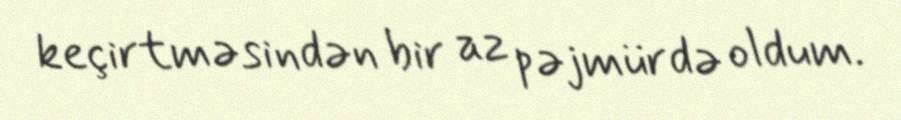
keçirtməsindən bir az pəjmürdə oldum.